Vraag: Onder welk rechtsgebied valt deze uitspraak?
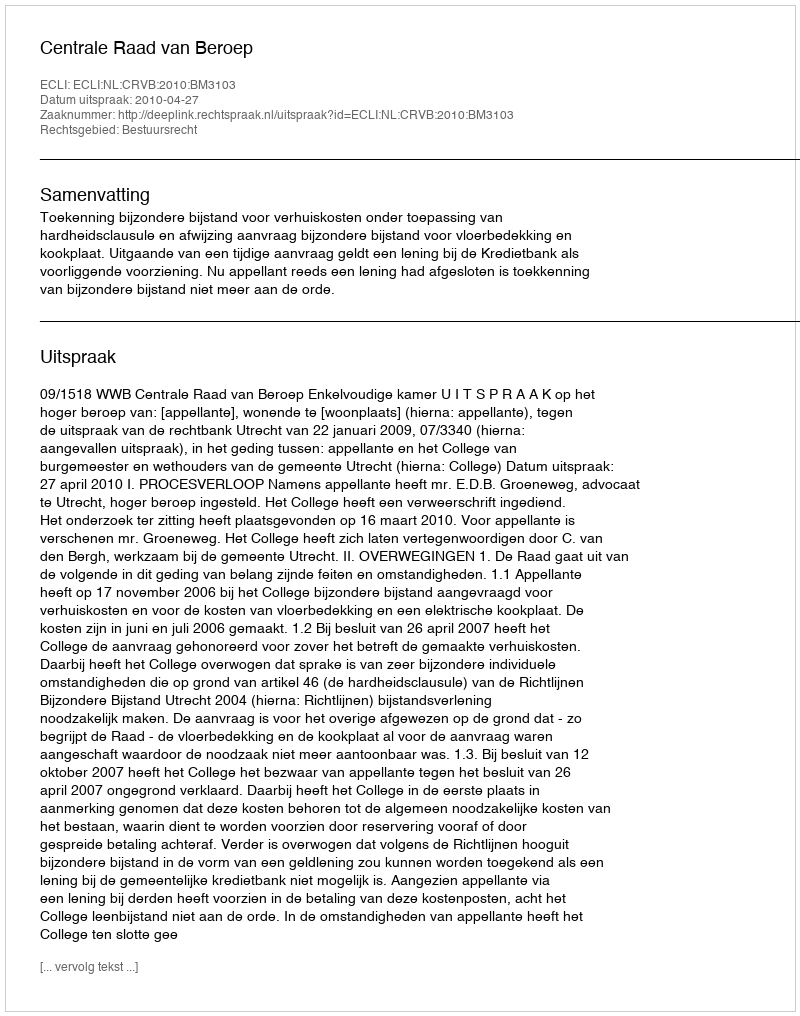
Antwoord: Bestuursrecht